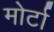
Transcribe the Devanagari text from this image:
मोर्टा